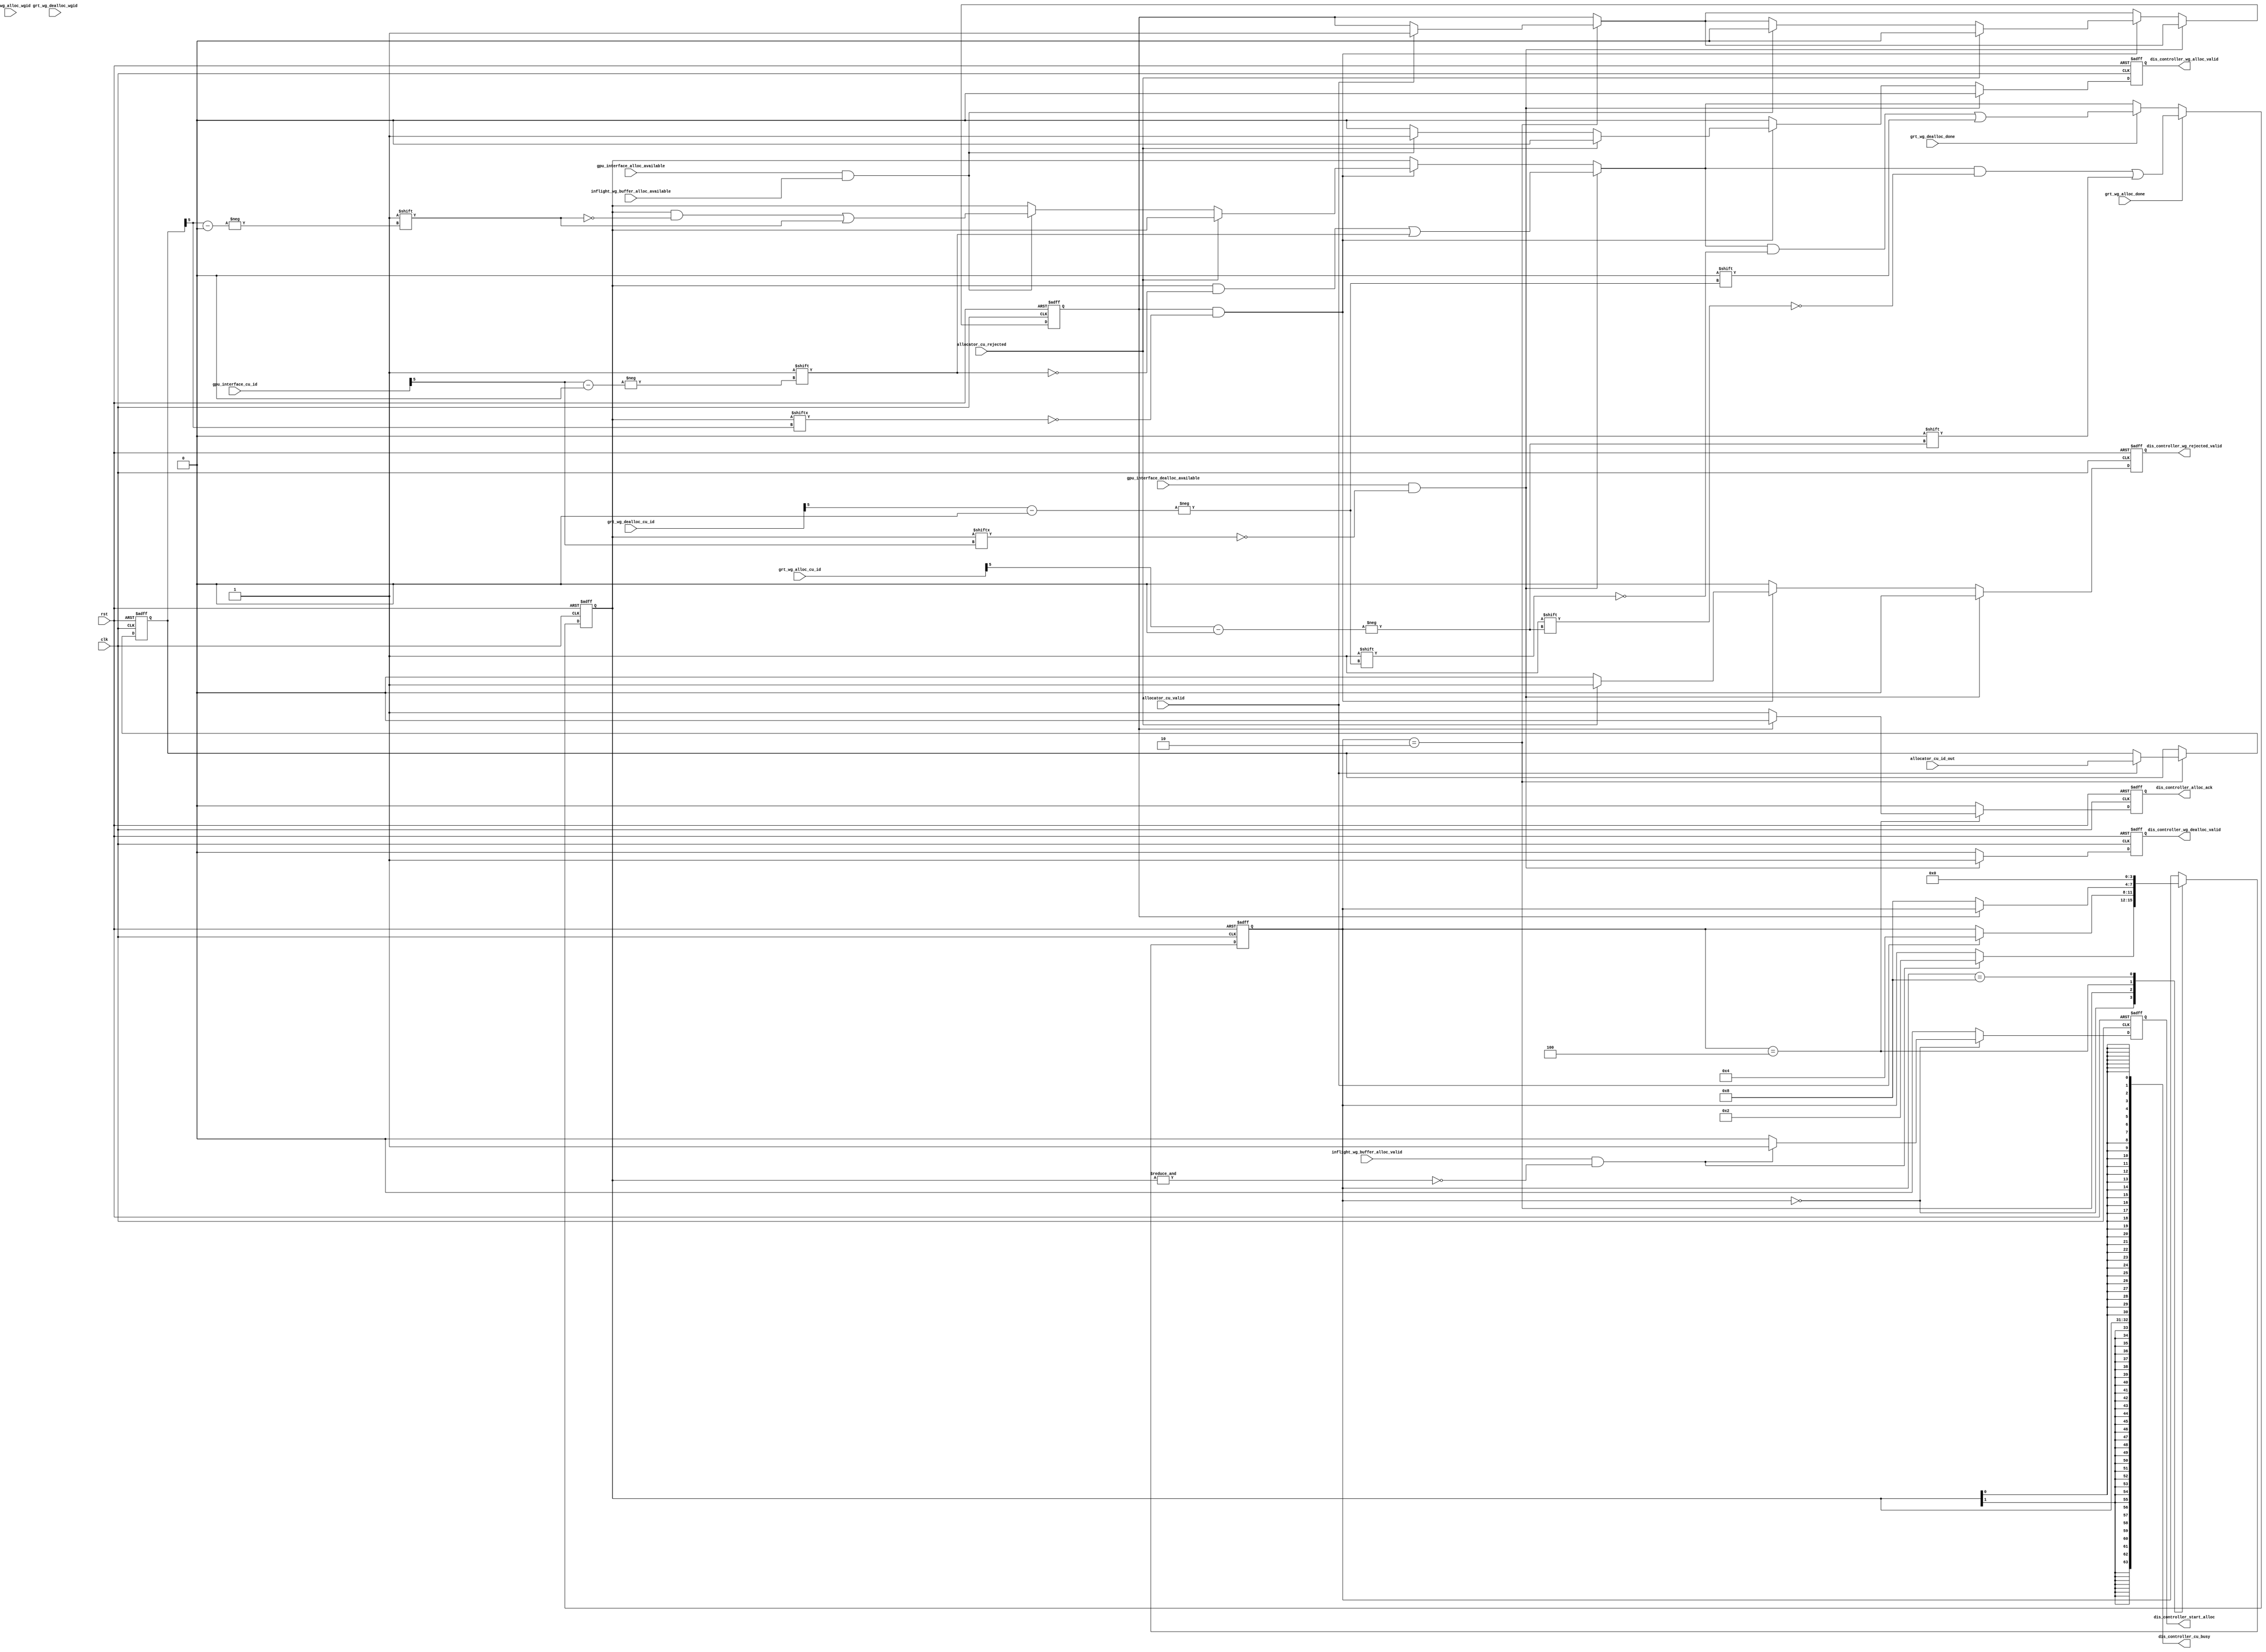
module dis_controller (/*AUTOARG*/
   // Outputs
   dis_controller_start_alloc, dis_controller_alloc_ack,
   dis_controller_wg_alloc_valid, dis_controller_wg_dealloc_valid,
   dis_controller_wg_rejected_valid, dis_controller_cu_busy,
   // Inputs
   clk, rst, inflight_wg_buffer_alloc_valid,
   inflight_wg_buffer_alloc_available, allocator_cu_valid,
   allocator_cu_rejected, allocator_cu_id_out, grt_wg_alloc_done,
   grt_wg_dealloc_done, grt_wg_alloc_wgid, grt_wg_dealloc_wgid,
   grt_wg_alloc_cu_id, grt_wg_dealloc_cu_id,
   gpu_interface_alloc_available, gpu_interface_dealloc_available,
   gpu_interface_cu_id
   ) ;
   
   parameter NUMBER_CU = 64;
   parameter CU_ID_WIDTH = 6;
   parameter RES_TABLE_ADDR_WIDTH = 1;

   localparam NUMBER_RES_TABLE = 2**RES_TABLE_ADDR_WIDTH;
   localparam CU_PER_RES_TABLE = NUMBER_CU/NUMBER_RES_TABLE;
   
   input clk,rst;

   input inflight_wg_buffer_alloc_valid, inflight_wg_buffer_alloc_available;
   
   input allocator_cu_valid, allocator_cu_rejected;
   input [CU_ID_WIDTH-1 :0] allocator_cu_id_out;
   input 		    grt_wg_alloc_done, grt_wg_dealloc_done;
   input [CU_ID_WIDTH-1:0]  grt_wg_alloc_wgid, grt_wg_dealloc_wgid;
   input [CU_ID_WIDTH-1 :0] grt_wg_alloc_cu_id, grt_wg_dealloc_cu_id;

   input 		    gpu_interface_alloc_available, 
			    gpu_interface_dealloc_available;
   input [CU_ID_WIDTH-1:0]  gpu_interface_cu_id;

   // Outputs to handle incomming wg
   output 		       dis_controller_start_alloc;

   // Outputs to handle wg going from allocator to resource table
   output 		       dis_controller_alloc_ack;
   output 		       dis_controller_wg_alloc_valid;
   output 		       dis_controller_wg_dealloc_valid;
   output 		       dis_controller_wg_rejected_valid;
   
   // Output to allocator
   output [NUMBER_CU-1:0] dis_controller_cu_busy;


   reg [NUMBER_CU-1:0]   cus_allocating;
   reg [NUMBER_RES_TABLE-1:0] cu_groups_allocating;
   
   reg [CU_ID_WIDTH-1 :0] alloc_waiting_cu_id;
   reg 			  alloc_waiting;
   
   reg 		       dis_controller_start_alloc_i;
   reg 		       dis_controller_alloc_ack_i;
   reg 		       dis_controller_wg_alloc_valid_i;
   reg 		       dis_controller_wg_dealloc_valid_i;
   reg 		       dis_controller_wg_rejected_valid_i;
   

   localparam ALLOC_NUM_STATES = 4;
   localparam ST_AL_IDLE = 0;
   localparam ST_AL_ALLOC = 2;
   localparam ST_AL_HANDLE_RESULT = 4;
   localparam ST_AL_ACK_PROPAGATION = 8;
   reg [ALLOC_NUM_STATES-1:0] alloc_st;

   function [RES_TABLE_ADDR_WIDTH-1:0] get_res_tbl_addr;
     input[CU_ID_WIDTH-1 :0] cu_id;
      begin
	 get_res_tbl_addr = cu_id[CU_ID_WIDTH-1 -: RES_TABLE_ADDR_WIDTH];
      end
   endfunction // if
   
   
   always @ (  posedge clk or posedge rst ) begin
      if(rst) begin
	 alloc_st <= ST_AL_IDLE;
	 /*AUTORESET*/
	 // Beginning of autoreset for uninitialized flops
	 alloc_waiting <= 1'h0;
	 alloc_waiting_cu_id <= {CU_ID_WIDTH{1'b0}};
	 cu_groups_allocating <= {NUMBER_RES_TABLE{1'b0}};
	 dis_controller_alloc_ack_i <= 1'h0;
	 dis_controller_start_alloc_i <= 1'h0;
	 dis_controller_wg_alloc_valid_i <= 1'h0;
	 dis_controller_wg_dealloc_valid_i <= 1'h0;
	 dis_controller_wg_rejected_valid_i <= 1'h0;
	 // End of automatics
      end
      else begin
	 dis_controller_start_alloc_i <= 1'b0;
	 dis_controller_alloc_ack_i <= 1'b0;

	 // State machine that babysits the allocator.
	 // Waits until allocator input can be handled by the grt to acknowledge a allocated wg
	 case(alloc_st)
	    ST_AL_IDLE: begin
	       if(inflight_wg_buffer_alloc_valid && !(&cu_groups_allocating) ) begin
		  dis_controller_start_alloc_i <= 1'b1;
		  alloc_st <= ST_AL_ALLOC;
	       end
	       
	    end

	   ST_AL_ALLOC: begin
	      if(allocator_cu_valid) begin
		 alloc_waiting <= 1'b1;
		 alloc_waiting_cu_id <= allocator_cu_id_out;
		 alloc_st <= ST_AL_HANDLE_RESULT;
	      end // if (allocator_cu_valid)
	      
	   end

	   ST_AL_HANDLE_RESULT: begin
	      // If we served the waiting wg,
	      // then move on
	      if(!alloc_waiting) begin
		 dis_controller_alloc_ack_i <= 1'b1;

		 alloc_st <= ST_AL_ACK_PROPAGATION;
	      end
	   end // case: ST_AL_HANDLE_RESULT

	   ST_AL_ACK_PROPAGATION: begin
	      alloc_st <= ST_AL_IDLE;
	   end
	   
	   
	 endcase // case (alloc_st)

	 // Handles the grt
	 // Deallocations are always handled first
	 dis_controller_wg_dealloc_valid_i <= 1'b0;
	 dis_controller_wg_alloc_valid_i <= 1'b0;
	 dis_controller_wg_rejected_valid_i <= 1'b0;
	 
	 if(gpu_interface_dealloc_available && 
	    !cu_groups_allocating[get_res_tbl_addr(gpu_interface_cu_id)]) begin
	    dis_controller_wg_dealloc_valid_i <= 1'b1;
	    cu_groups_allocating[get_res_tbl_addr(gpu_interface_cu_id)] <= 1'b1;
	 end
	 else if(alloc_waiting && 
		 !cu_groups_allocating[get_res_tbl_addr(alloc_waiting_cu_id)]) begin
	    
	    if(allocator_cu_rejected) begin
	       alloc_waiting <= 1'b0;
	       dis_controller_wg_rejected_valid_i <= 1'b1;
	    end
	    else if(gpu_interface_alloc_available && 
		    inflight_wg_buffer_alloc_available) begin
	       alloc_waiting <= 1'b0;
	       dis_controller_wg_alloc_valid_i <= 1'b1;
	       cu_groups_allocating[get_res_tbl_addr(alloc_waiting_cu_id)] <= 1'b1;
	    end
	    
	 end // if (alloc_waiting &&...

	 // End of allocation/deallocation
	 if(grt_wg_alloc_done) begin
	    cu_groups_allocating[get_res_tbl_addr(grt_wg_alloc_cu_id)] <= 1'b0;
	 end
	 else if(grt_wg_dealloc_done) begin
	    cu_groups_allocating[get_res_tbl_addr(grt_wg_dealloc_cu_id)] <= 1'b0;
	 end

	 
      end // else: !if(rst)
      
   end // always @ (  posedge clk or posedge rst )

   always @ ( /*AUTOSENSE*/cu_groups_allocating) begin : EXPAND_CU_GROUPS
      reg[CU_ID_WIDTH :0] i;
      
      for (i=0; i < NUMBER_CU; i=i+1) begin
	 cus_allocating[i] = cu_groups_allocating[get_res_tbl_addr(i[CU_ID_WIDTH-1:0])];
      end
      
   end
   
   assign dis_controller_start_alloc = dis_controller_start_alloc_i;
   assign dis_controller_alloc_ack = dis_controller_alloc_ack_i;
   assign dis_controller_wg_alloc_valid = dis_controller_wg_alloc_valid_i;
   assign dis_controller_wg_dealloc_valid = dis_controller_wg_dealloc_valid_i;
   assign dis_controller_wg_rejected_valid = dis_controller_wg_rejected_valid_i;
   
   assign dis_controller_cu_busy = cus_allocating;
   
endmodule